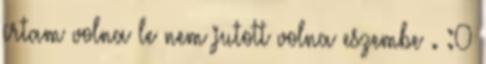
írtam volna le nem jutott volna eszembe . :0